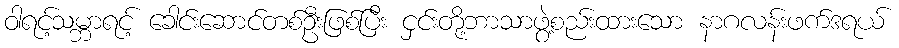
ဝါရင့်သမ္ဘာရင့် ခေါင်းဆောင်တစ်ဦးဖြစ်ပြီး ငှင်းတို့ဘာသာဖွဲ့စည်းထားသော နာဂလန်းဖက်ဒရယ်